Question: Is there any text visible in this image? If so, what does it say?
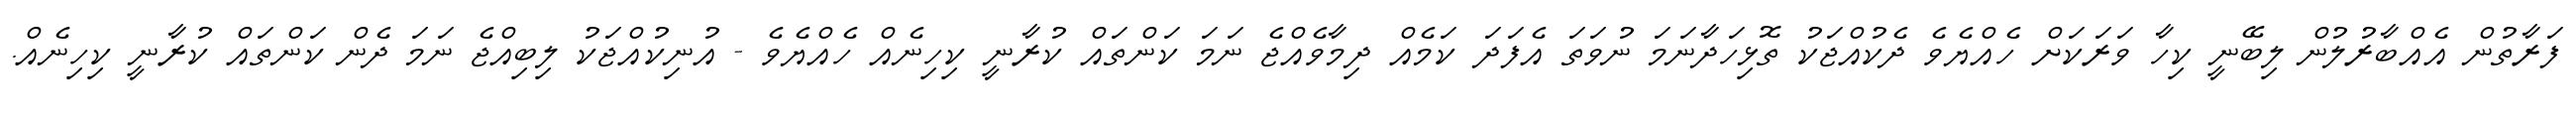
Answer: ފަރާތުން އެއްބާރުލުން ލިބޭނީ ކިހާ ވަރަކަށް ހެއްޔެވެ ދެކުއްޖަކު ތޮޅިހަދާނަމަ ނުވަތަ އެފަދަ ކަމެއް ދިމާވެއްޖެ ނަމަ ކަންތައް ކުރާނީ ކިހިނެއް ހެއްޔެވެ - އުނިކުއްޖަކު ލިބިއްޖެ ނަމަ ދެން ކަންތައް ކުރާނީ ކިހިނެއް.